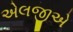
એલજીએ